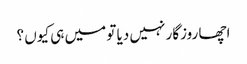
اچھا روزگار نہیں دیا تو میں ہی کیوں ؟